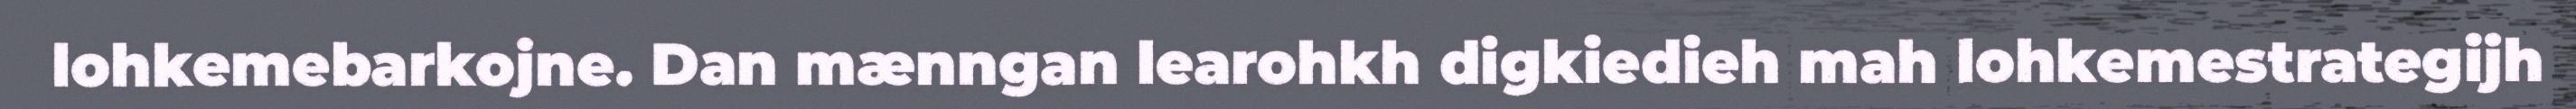
lohkemebarkojne. Dan mænngan learohkh digkiedieh mah lohkemestrategijh